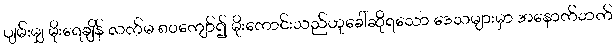
ပျမ်းမျှ မိုးရေချိန် လက်မ ၈၀ကျော်၍ မိုးကောင်းသည်ဟုခေါ်ဆိုရသော ဒေသများမှာ အနောက်ဘက်